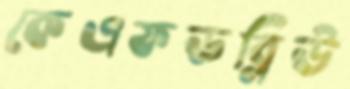
কেএফডব্লিউ